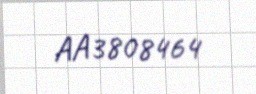
AA3808464